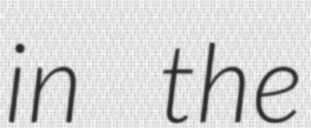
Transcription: in the